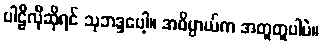
ပါဠိလိုဆိုရင် သုဘဒ္ဒပေါ့။ အဓိပ္ပာယ်က အတူတူပါပဲ။